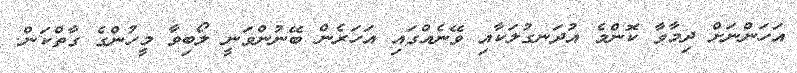
އަހަންނަށް ދިމާވާ ކޮންމެ އުދަނގުލަކާއި ވޭނެއްގައި އަހަރެން ބޭނުންވަނީ ލޯބިވާ މީހުންގެ ގާތްކަން.